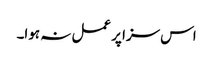
اس سزا پر عمل نہ ہوا۔